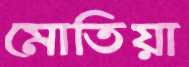
মোতিয়া